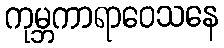
ကုမ္ဘကာရာဝေသနေ